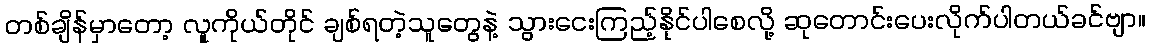
တစ်ချိန်မှာတော့ လူကိုယ်တိုင် ချစ်ရတဲ့သူတွေနဲ့ သွားငေးကြည့်နိုင်ပါစေလို့ ဆုတောင်းပေးလိုက်ပါတယ်ခင်ဗျာ။